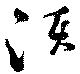
湏